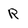
Character: R